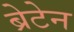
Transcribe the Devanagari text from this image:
ब्रेटेन